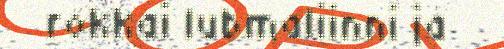
rokkai lubmaliinni ja